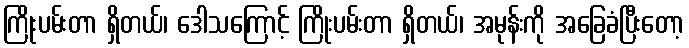
ကြိုးပမ်းတာ ရှိတယ်၊ ဒေါသကြောင့် ကြိုးပမ်းတာ ရှိတယ်၊ အမုန်းကို အခြေခံပြီးတော့